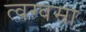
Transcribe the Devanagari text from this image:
त्वग्‌वसा